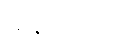
ဖာရင်ဟိုက်